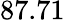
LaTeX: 87.71